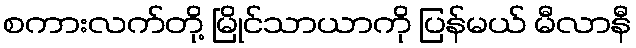
စကားလက်တို့ မြိုင်သာယာကို ပြန်မယ် မီလာနီ